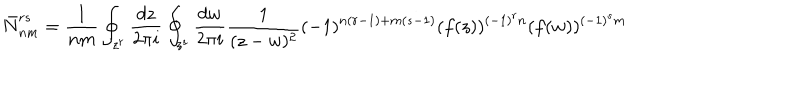
LaTeX: \bar { N } _ { n m } ^ { r s } = \frac { 1 } { n m } \oint _ { z ^ { r } } \frac { d z } { 2 \pi i } \oint _ { z ^ { s } } \frac { d w } { 2 \pi i } \frac { 1 } { ( z - w ) ^ { 2 } } ( - 1 ) ^ { n ( r - 1 ) + m ( s - 1 ) } ( f ( z ) ) ^ { ( - 1 ) ^ { r } n } ( f ( w ) ) ^ { ( - 1 ) ^ { s } m }